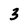
Character: 3